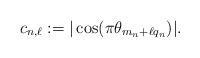
LaTeX: \begin{align*}c_{n,\ell}:=|\cos(\pi \theta_{m_n+\ell q_n})|.\end{align*}